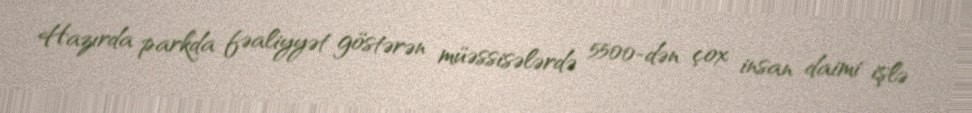
Hazırda parkda fəaliyyət göstərən müəssisələrdə 5500-dən çox insan daimi işlə